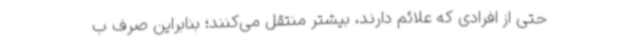
حتی از افرادی که علائم دارند، بیشتر منتقل می‌کنند؛ بنابراین صرف ب